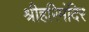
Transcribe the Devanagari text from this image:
श्रीहरिमंदिर